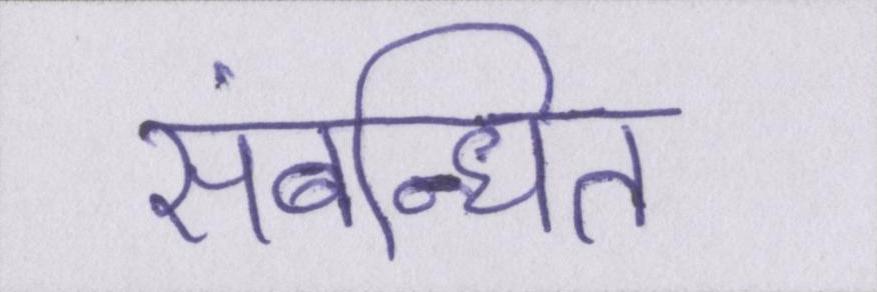
संबन्धित